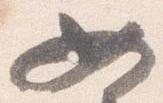
如